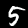
Digit: 5